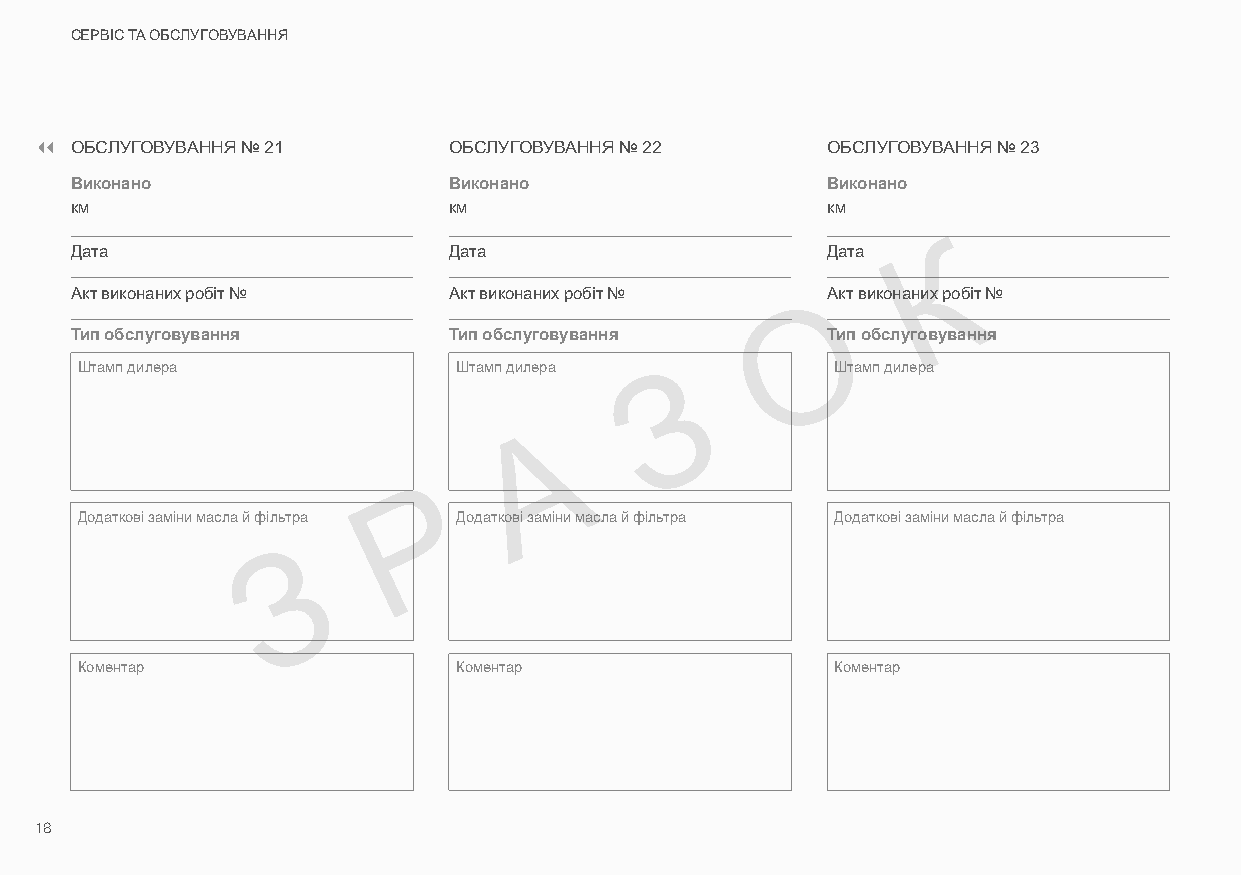
СЕРВІС ТА ОБСЛУГОВУВАННЯ
 ОБСЛУГОВУВАННЯ № 21      ОБСЛУГОВУВАННЯ № 22      ОБСЛУГОВУВАННЯ № 23
 Виконано                 Виконано                 Виконано
 км                       км                       км
 Дата                     Дата                     Дата   К
 Акт виконаних робіт №    Акт виконаних робіт №    Акт виконаних робіт №
 О
 Тип обслуговування       Тип обслуговування       Тип обслуговування
 Штамп дилера             Штамп дилера  З          Штамп дилера
 ШТАМП                    ШТАМП                    ШТАМП
 А
 Р
 Додаткові заміни масла й фільтра Додаткові заміни масла й фільтра Додаткові заміни масла й фільтра
 З
 ШТАМП                    ШТАМП                    ШТАМП
 Коментар                 Коментар                 Коментар
 ШТАМП                    ШТАМП                    ШТАМП
 18